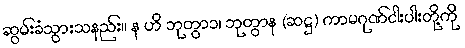
ဆွမ်းခံသွားသနည်း။ န ဟိ ဘုတွာ၁၊ ဘုတွာန (ဆဋ္ဌ) ကာမဂုဏ်ငါးပါးတို့ကို